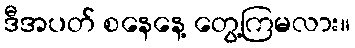
ဒီအပတ် စနေနေ့ တွေ့ကြမလား။